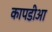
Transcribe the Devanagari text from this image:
कापडीआ